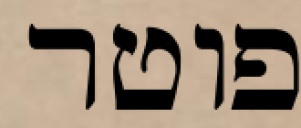
פוטר